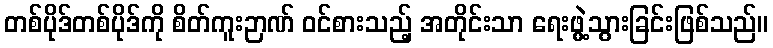
တစ်ပိုဒ်တစ်ပိုဒ်ကို စိတ်ကူးဉာဏ် ဝင်စားသည့် အတိုင်းသာ ရေးဖွဲ့သွားခြင်းဖြစ်သည်။